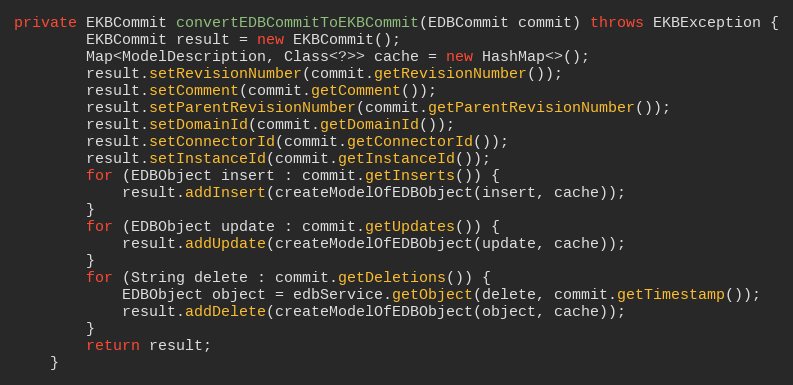
Language: Java
private EKBCommit convertEDBCommitToEKBCommit(EDBCommit commit) throws EKBException {
        EKBCommit result = new EKBCommit();
        Map<ModelDescription, Class<?>> cache = new HashMap<>();
        result.setRevisionNumber(commit.getRevisionNumber());
        result.setComment(commit.getComment());
        result.setParentRevisionNumber(commit.getParentRevisionNumber());
        result.setDomainId(commit.getDomainId());
        result.setConnectorId(commit.getConnectorId());
        result.setInstanceId(commit.getInstanceId());
        for (EDBObject insert : commit.getInserts()) {
            result.addInsert(createModelOfEDBObject(insert, cache));
        }
        for (EDBObject update : commit.getUpdates()) {
            result.addUpdate(createModelOfEDBObject(update, cache));
        }
        for (String delete : commit.getDeletions()) {
            EDBObject object = edbService.getObject(delete, commit.getTimestamp());
            result.addDelete(createModelOfEDBObject(object, cache));
        }
        return result;
    }